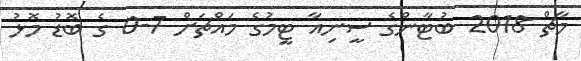
މާޗް 2018 ބުޓާންގެ ސީނިއާ ޓީމުގެ މައްޗަށް 7-0 ގެ ބޮޑު މޮޅު